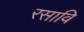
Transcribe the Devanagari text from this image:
रसावि